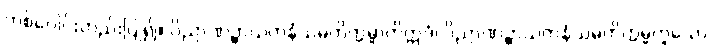
တစ်ပေါင်းတည်းပြု၍။ ဝိညာဏဉ္စာယတနံသမတိက္ကမ္မာတိဣဒံ၊ ဝိညာဏဉ္စာယတနံသမတိက္ကမ္မဟူသော